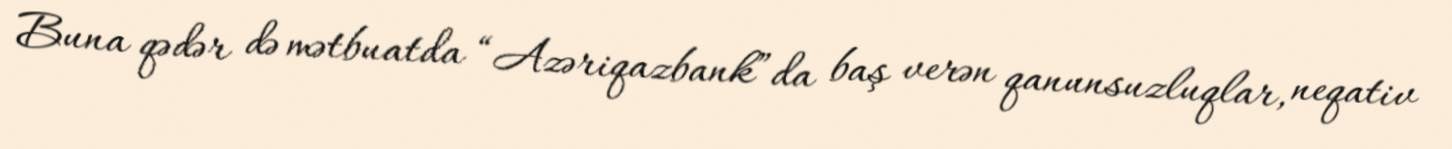
Buna qədər də mətbuatda “Azəriqazbank”da baş verən qanunsuzluqlar, neqativ